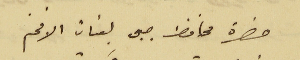
حضرة محافظ جبل لبنان الافخم